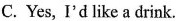
C. Yes, I'd like a drink.